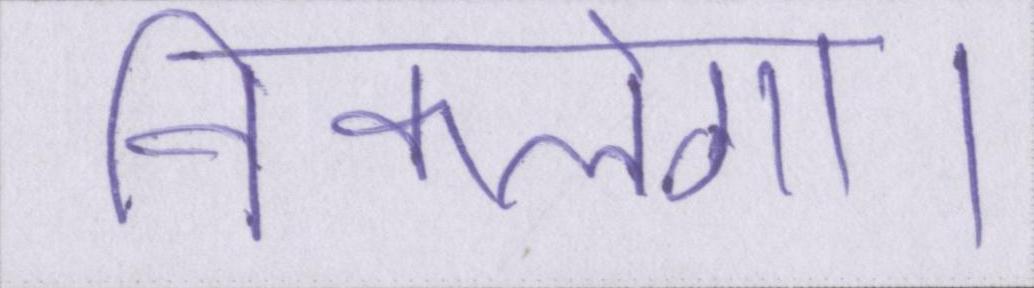
निकलेगा।